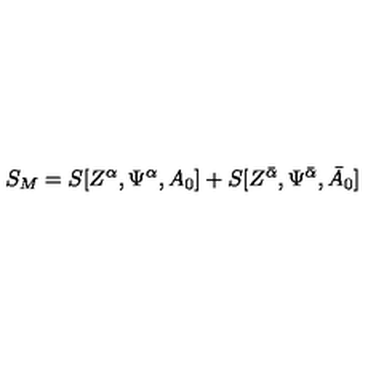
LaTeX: S _ { M } = S [ Z ^ { \alpha } , \Psi ^ { \alpha } , A _ { 0 } ] + S [ Z ^ { { \bar { \alpha } } } , \Psi ^ { { \bar { \alpha } } } , { \bar { A } } _ { 0 } ]